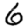
Digit: 6